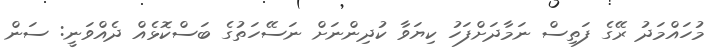
މުހައްމަދު ރޭގެ ފަތިސް ނަމާދަށްފަހު ކިޔަވާ ކުދިންނަށް ނަސޭހަތުގެ ބަސްކޮޅެއް ދެއްވަނީ: ސަން